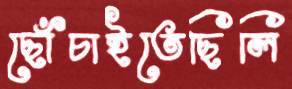
ছোঁচাইতেছিলি